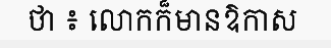
ថា ៖ លោកក៏មានឱកាស